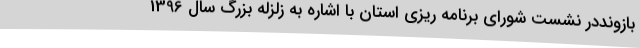
بازونددر نشست شورای برنامه ریزی استان با اشاره به زلزله بزرگ سال 1396